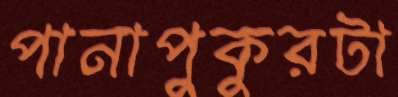
পানাপুকুরটা